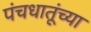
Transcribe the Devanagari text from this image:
पंचधातूंच्या